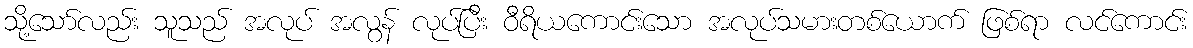
သို့သော်လည်း သူသည် အလုပ် အလွန် လုပ်ပြီး ဝီရိယကောင်းသော အလုပ်သမားတစ်ယောက် ဖြစ်ရာ လင်ကောင်း